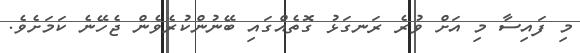
މި ފައިސާ މި އަށް ވުރެ ރަނގަޅު ގޮތެއްގައި ބޭނުންކުރެވެން ޖެހޭނެ ކަމަށެވެ.